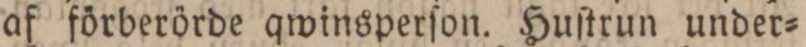
af förberörde qwinsperſon. Huſtrun under=